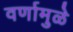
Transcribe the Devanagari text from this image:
वर्णामुळे